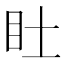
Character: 𥃾